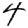
Digit: 4